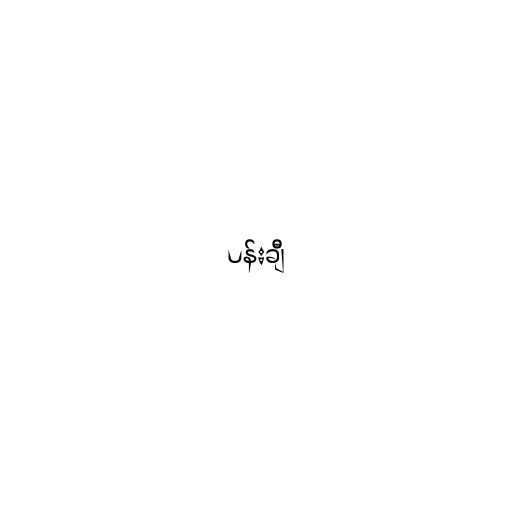
ပန်းချီ